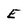
Character: E